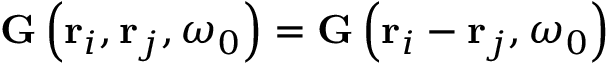
\mathbf { G } \left( \mathbf { r } _ { i } , \mathbf { r } _ { j } , \omega _ { 0 } \right) = \mathbf { G } \left( \mathbf { r } _ { i } - \mathbf { r } _ { j } , \omega _ { 0 } \right)